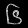
Digit: ၆